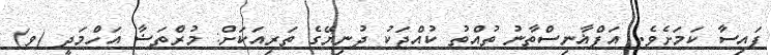
ފައިސާ ކަމަށެވެ. އަފްޣާނިސްތާނު ތުއްތު ކުއްޖަކު ދުނިޔޭގެ ތަރިއަކަށް: މުރްތަޟާ އަހްމަދީ (ވ)